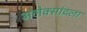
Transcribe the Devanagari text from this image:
अलेक्सांद्रला